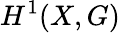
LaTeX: H^{1}(X,G)